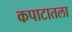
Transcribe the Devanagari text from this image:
कपाटातला